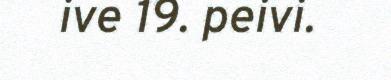
ive 19. peivi.